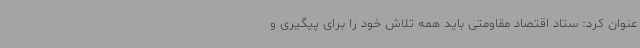
عنوان کرد: ستاد اقتصاد مقاومتی باید همه تلاش خود را برای پیگیری و